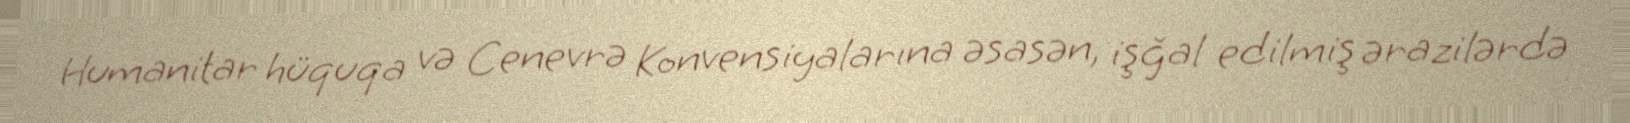
Humanitar hüquqa və Cenevrə Konvensiyalarına əsasən, işğal edilmiş ərazilərdə